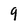
Character: 9